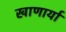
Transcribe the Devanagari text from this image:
खाणार्या